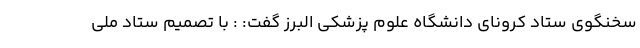
سخنگوی ستاد کرونای دانشگاه علوم پزشکی البرز گفت: : با تصمیم ستاد ملی